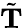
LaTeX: \tilde{\mathbf T}